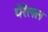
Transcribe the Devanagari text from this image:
पेरेलल